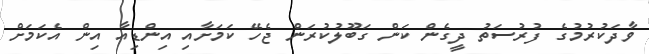
ވާދަކުރުމުގެ ފުރުސަތު ދީގެން ކަން ގަބޫލުކުރަން ޖެހޭ ކަމަށާއި އިންޑިއާ އިން އެކަމަށް